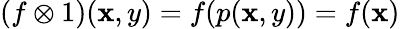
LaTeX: (f\otimes1)(\mathbf{x},y)=f(p(\mathbf{x},y))=f(\mathbf{x})